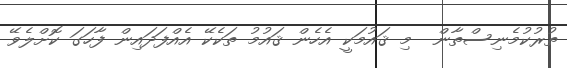
ތުރުކުމެނިސްތާން  މި ޤައުމަކީ އެހެން ޤައުމު ތަކެކޭ އެއްފަދައިން ފާހަގަ ކޮށްލެވޭ